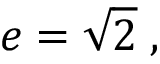
e = { \sqrt { 2 } } \; ,